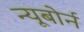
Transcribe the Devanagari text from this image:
न्यूबोर्न